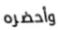
وأحضره